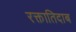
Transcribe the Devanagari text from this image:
रक्तातिदाब